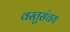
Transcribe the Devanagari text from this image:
वस्तुसंचय